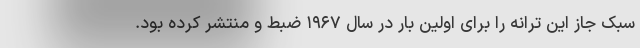
سبک جاز این ترانه را برای اولین بار در سال ۱۹۶۷ ضبط و منتشر کرده بود.